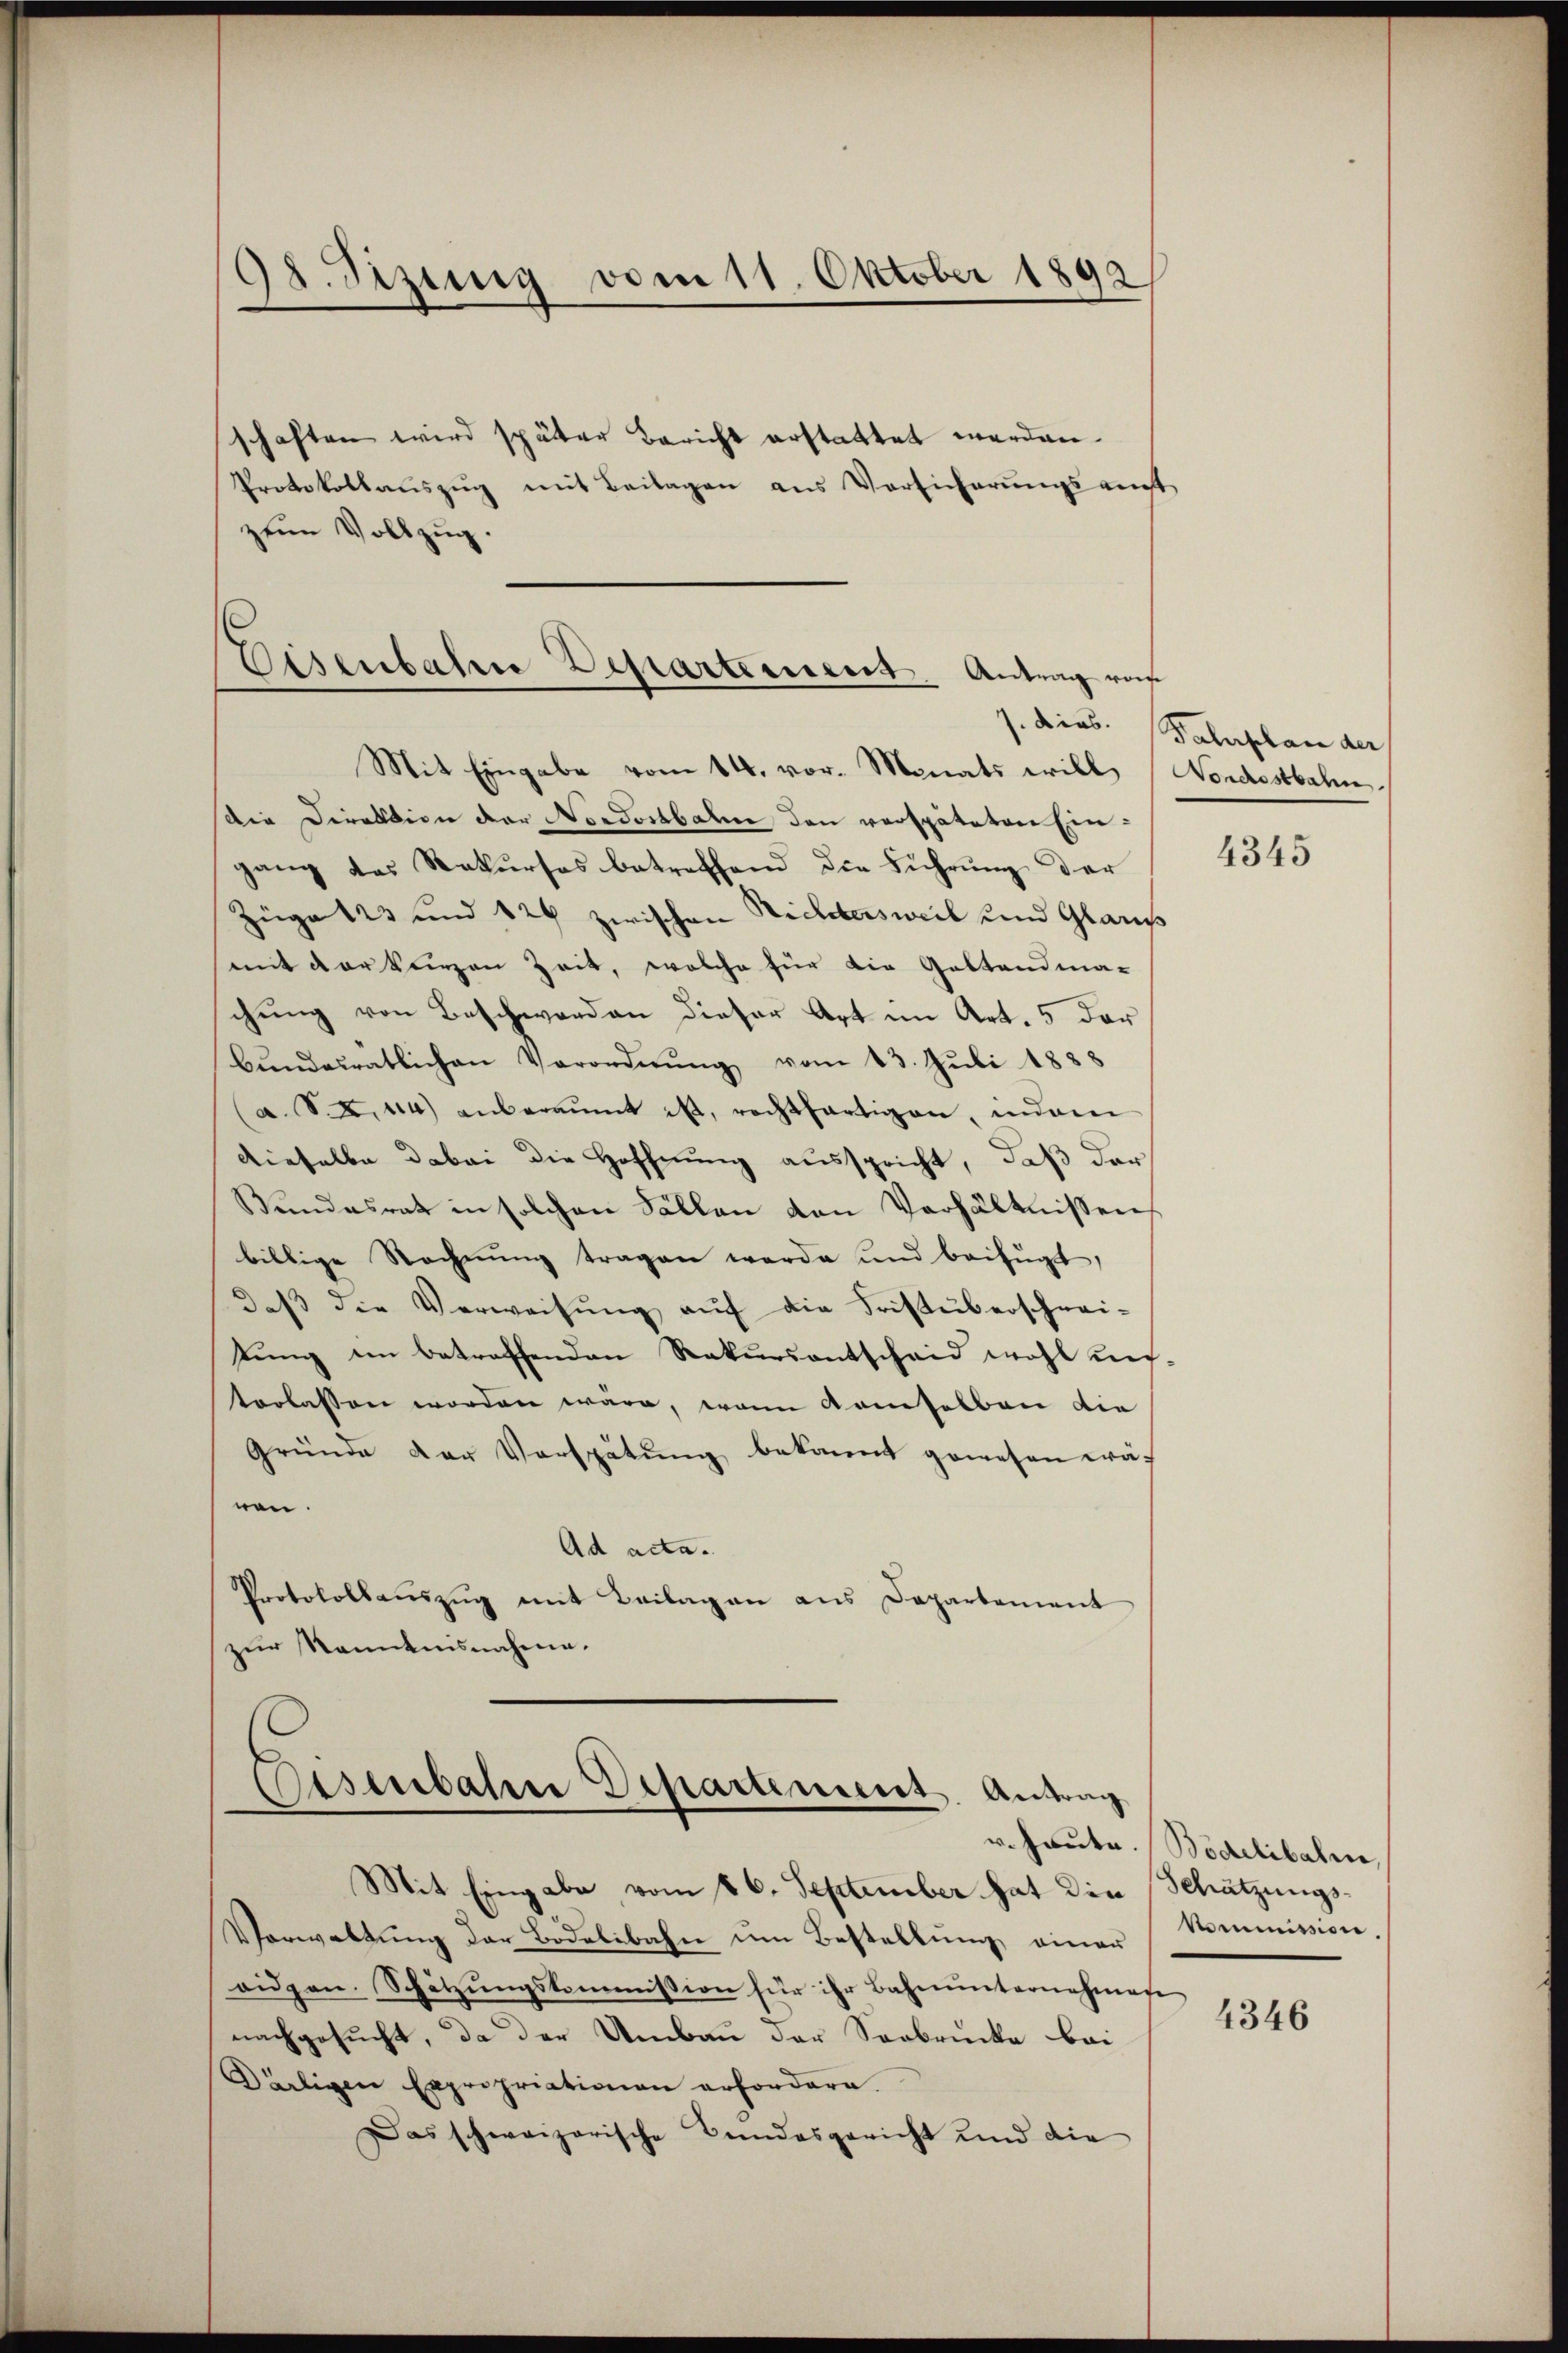
98. Sizung vom 11. Oktober 1892

schaften wird später Bericht erstattet werden.
Protokollaŭszŭg mit Beilagen aus Versicherŭngsanft
zem Vollzŭg.

Eisenbahne Bestartement Antrag vor

Mit Eingabe vom 14. vor. Monats will (Nordostbahn
Die Direktion der Nordostbahne den verspäteten Ein-
gang das Rekurses betreffend die Führung der
Züge 123 und 124 zwischen Nichtersweil und Glarus
mit der keinen Zeit, welche für die Gestandma-
chung von Beschwerden dieser Art im Art. 5 der
bŭndesratlichen Verordnŭng vom 13. Juli 1888
(a. Seine anberaumt ist, rechtfertigen, indem
dieselbe dabei die Hoffnung ausspricht, daß der
Bundesrath in solchen Fällen den Verhältnissen
billige Rechnung tragen werde und beifügt,
daβ die Verweisŭng aŭf die Frist überschrei-
tung ein betreffenden Rekursantscheid wohl unterlassen worden wäre, wenn demselben die
Gründe der Verspätung bekannt gewesen wären.
Ad acta.
Protokollaŭszŭg mit Beilagen aus Departement
zur Kenntnisnahme.

Eisenbahrer Departement. Antrag
Mit Eingabe vom 26. September hat die Schätzungs-

Verwaltŭng der Bodelibahn ŭm Bestellŭng einer Kommission.
aidpen. Schützŭngskommission für ihr Bahnunternehmene
nachgesucht, da der Umbau der Senbrücke bei
Dirligen Expropriationen erfordern.
Das schweizerische Bundesgericht und die

1. dies. Palaplan der

4345

v. Haute. (Bödelibahne,

4346